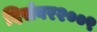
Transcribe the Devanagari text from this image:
दिसंबर२००९